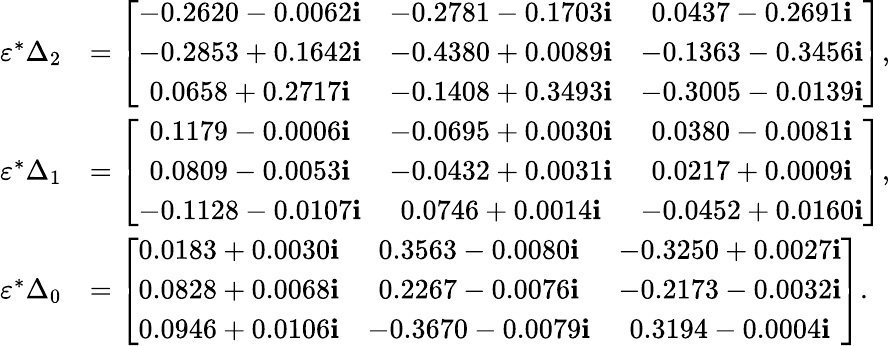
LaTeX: \begin{array}{rl}{\varepsilon^{*}\Delta_{2}}&{=\left[\begin{array}{ccc}{-0.2620-0.0062\textbf{i}}&{-0.2781-0.1703\textbf{i}}&{0.0437-0.2691\textbf{i}}\\ {-0.2853+0.1642\textbf{i}}&{-0.4380+0.0089\textbf{i}}&{-0.1363-0.3456\textbf{i}}\\ {0.0658+0.2717\textbf{i}}&{-0.1408+0.3493\textbf{i}}&{-0.3005-0.0139\textbf{i}}\end{array}\right],}\\ {\varepsilon^{*}\Delta_{1}}&{=\left[\begin{array}{ccc}{0.1179-0.0006\textbf{i}}&{-0.0695+0.0030\textbf{i}}&{0.0380-0.0081\textbf{i}}\\ {0.0809-0.0053\textbf{i}}&{-0.0432+0.0031\textbf{i}}&{0.0217+0.0009\textbf{i}}\\ {-0.1128-0.0107\textbf{i}}&{0.0746+0.0014\textbf{i}}&{-0.0452+0.0160\textbf{i}}\end{array}\right],}\\ {\varepsilon^{*}\Delta_{0}}&{=\left[\begin{array}{ccc}{0.0183+0.0030\textbf{i}}&{0.3563-0.0080\textbf{i}}&{-0.3250+0.0027\textbf{i}}\\ {0.0828+0.0068\textbf{i}}&{0.2267-0.0076\textbf{i}}&{-0.2173-0.0032\textbf{i}}\\ {0.0946+0.0106\textbf{i}}&{-0.3670-0.0079\textbf{i}}&{0.3194-0.0004\textbf{i}}\end{array}\right].}\end{array}